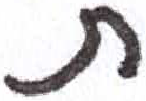
אות: ת